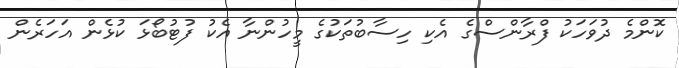
ކޮންމެ ދުވަހަކު ފްރާންސްގެ އެކި ހިސާބުތަކުގެ މީހުންނާ އެކު ފުޓުބޯޅަ ކުޅެން އަހަރެން